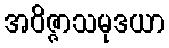
အဝိဇ္ဇာသမုဒယာ